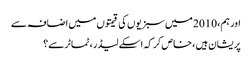
اور ہم، 2010 میں سبزیوں کی قیمتوں میں اضافہ سے
پریشان ہیں ، خاص کر کہ اسکے لیڈر، ٹماٹر سے؟